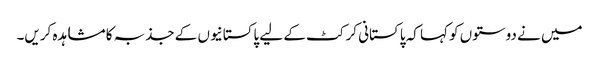
میں نے دوستوں کو کہا کہ پاکستانی کرکٹ کے لیے پاکستانیوں کے جذبہ کا مشاہدہ کریں۔